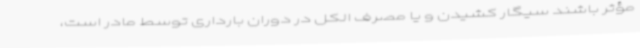
مؤثر باشند سیگار کشیدن و یا مصرف الکل در دوران بارداری توسط مادر است،